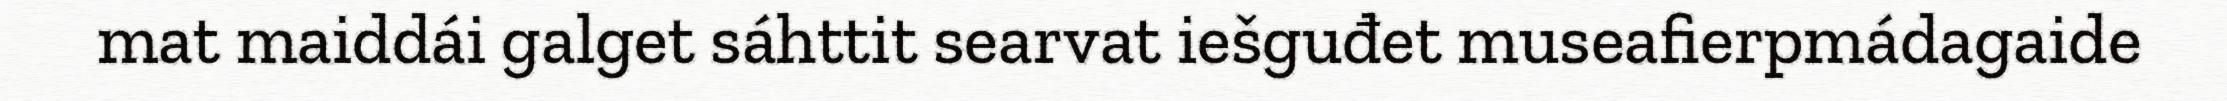
mat maiddái galget sáhttit searvat iešguđet museafierpmádagaide